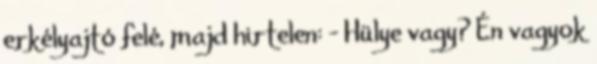
erkélyajtó felé, majd hirtelen: - Hülye vagy? Én vagyok